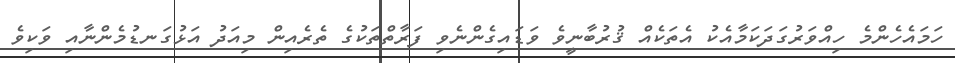
ހަމައެހެންމެ ހިއްވަރުގަދަކަމާއެކު އެތަކެއް ޤުރުބާނީވެ ވަޑައިގެންނެވި ފަރާތްތަކުގެ ތެރެއިން މިއަދު އަޅުގަނޑުމެންނާއި ވަކިވެ